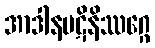
အာဒါနပဋိနိဿဂ္ဂေ